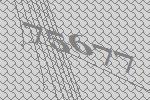
75677